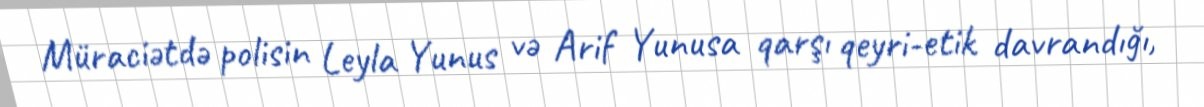
Müraciətdə polisin Leyla Yunus və Arif Yunusa qarşı qeyri-etik davrandığı,